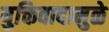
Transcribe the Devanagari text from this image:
युक्तिवादामुळे